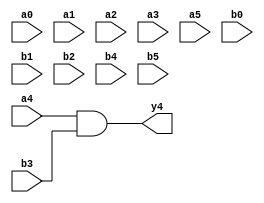
module expression_00354(a0, a1, a2, a3, a4, a5, b0, b1, b2, b3, b4, b5, y4);
  input [3:0] a0;
  input [4:0] a1;
  input [5:0] a2;
  input signed [3:0] a3;
  input signed [4:0] a4;
  input signed [5:0] a5;

  input [3:0] b0;
  input [4:0] b1;
  input [5:0] b2;
  input signed [3:0] b3;
  input signed [4:0] b4;
  input signed [5:0] b5;

  output wire signed [4:0] y4;

  localparam signed [4:0] p10 = ((3'd0)?(2'd1):(-2'sd1));

  assign y4 = ((p10?a4:b4)&$signed(b3));
endmodule